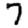
Digit: 7